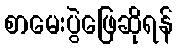
စာမေးပွဲဖြေဆိုရန်